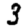
Digit: 3